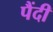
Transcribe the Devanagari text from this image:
पैंदी